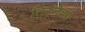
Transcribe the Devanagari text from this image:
तिरुनेल्लरी